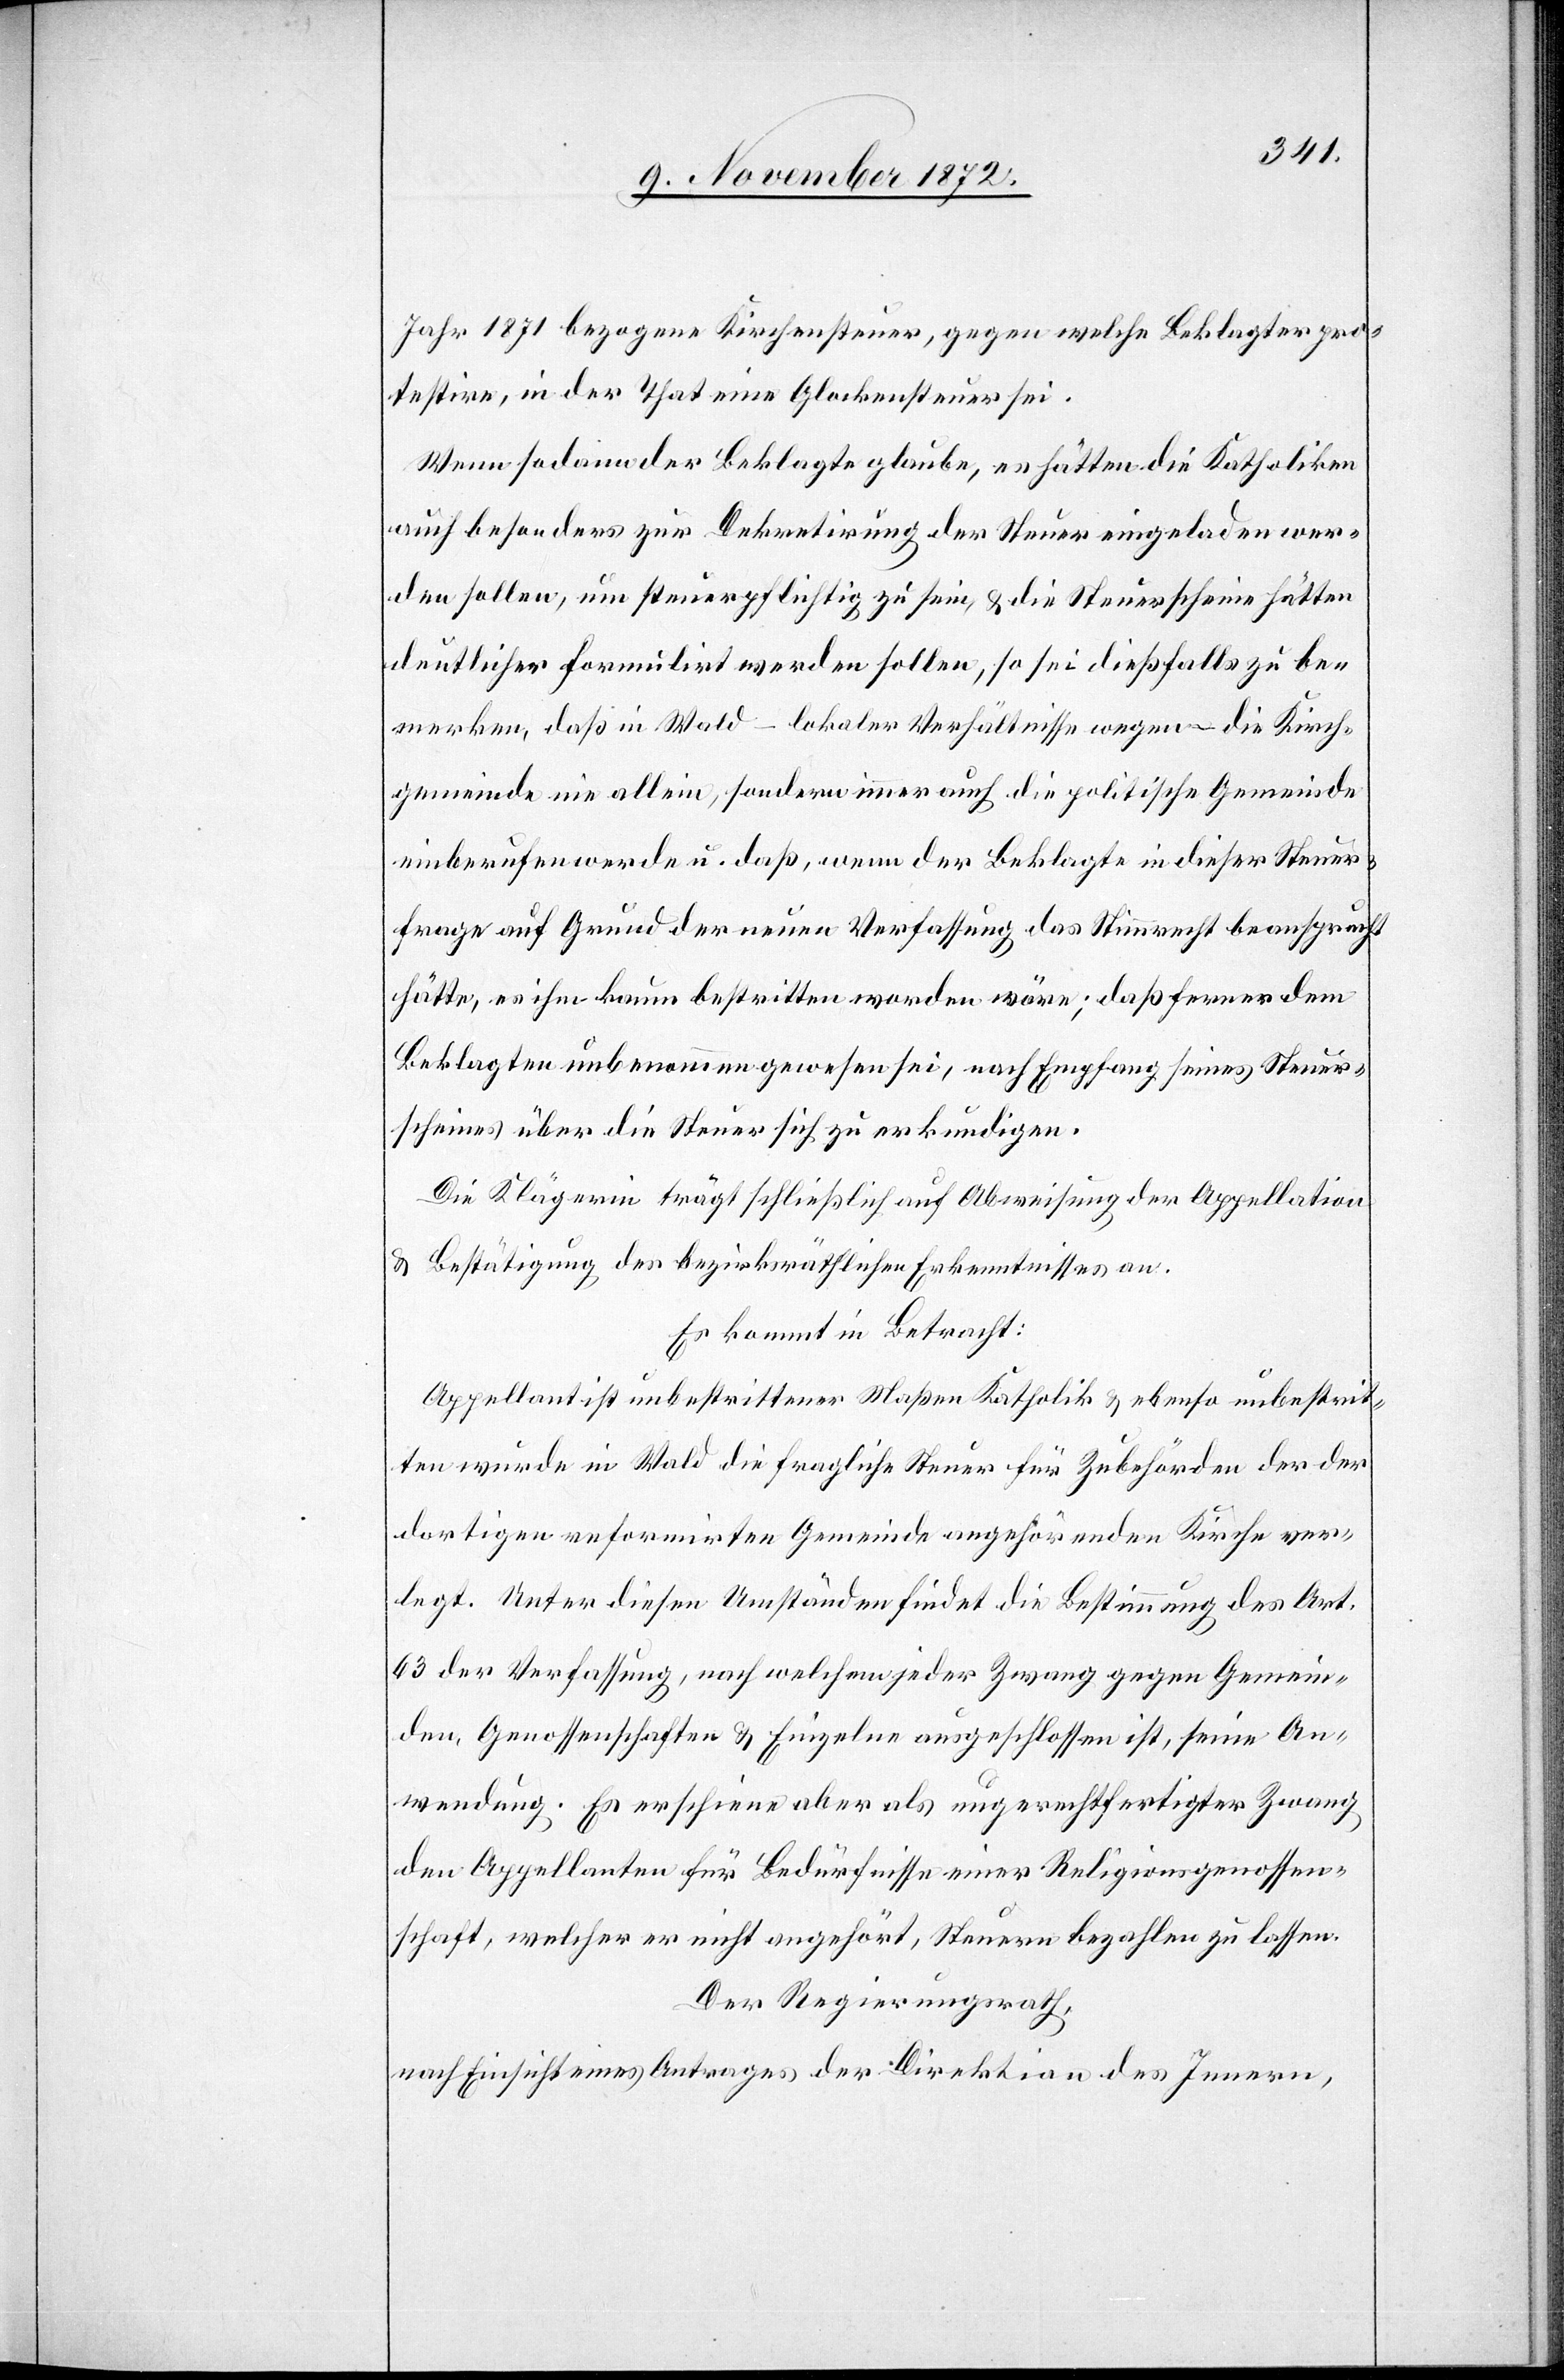
Jahr 1871 bezogene Kirchensteuer, gegen welche Beklagter pro¬
testire, in der That eine Glockensteuer sei.
Wenn sodann der Beklagte glaube, es hätten die Katholiken
auch besonders zur Dekretirung der Steuer eingeladen wer¬
den sollen, um steuerpflichtig zu sein, u. die Steuerscheine hätten
deutlicher formulirt werden sollen, so sei dießfalls zu be¬
merken, daß in Wald – lokaler Verhältnisse wegen – die Kirch¬
gemeinde nie allein, sondern immer auch die politische Gemeinde
einberufen werde u. daß, wenn der Beklagte in dieser Steuer¬
frage auf Grund der neuen Verfassung das Stimmrecht beansprucht
hätte, es ihm kaum bestritten worden wäre; daß ferner dem
Beklagten unbenommen gewesen sei, nach Empfang seines Steuer¬
scheines über die Steuer sich zu erkundigen.
Die Klägerin trägt schließlich auf Abweisung der Appellation
u. Bestätigung des bezirksräthlichen Erkenntnisses an.
Es kommt in Betracht:
Appellant ist unbestrittener Maßen Katholik u. ebenso unbestrit¬
ten wurde in Wald die fragliche Steuer für Zubehörden der der
dortigen reformirten Gemeinde angehörenden Kirche ver¬
legt. Unter diesen Umständen findet die Bestimmung des Art.
63 der Verfassung, nach welchem jeder Zwang gegen Gemein¬
den, Genossenschaften u. Einzelnen ausgeschlossen ist, seine An¬
wendung. Es erschiene aber als ungerechtfertigter Zwang
den Appellanten für Bedürfnisse einer Religionsgenossen¬
schaft, welcher er nicht angehört, Steuern bezahlen zu lassen.
Der Regierungsrath,
nach Einsicht eines Antrages der Direktion des Innern,